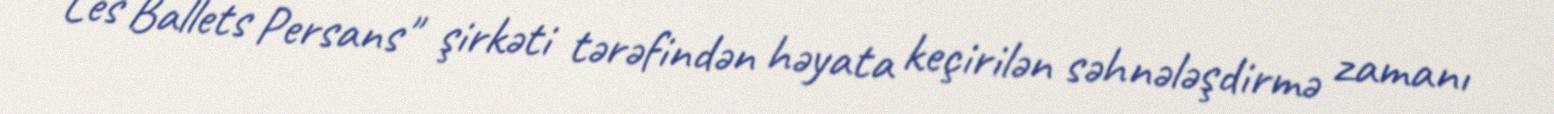
Les Ballets Persans" şirkəti tərəfindən həyata keçirilən səhnələşdirmə zamanı